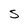
Character: S